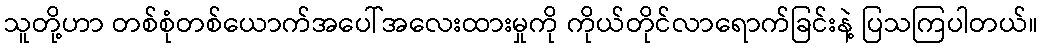
သူတို့ဟာ တစ်စုံတစ်ယောက်အပေါ်အလေးထားမှုကို ကိုယ်တိုင်လာရောက်ခြင်းနဲ့ ပြသကြပါတယ်။